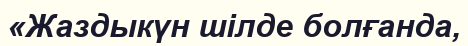
«Жаздыкүн шілде болғанда,